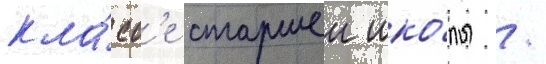
кла́сс'е старшеи шко́лы /